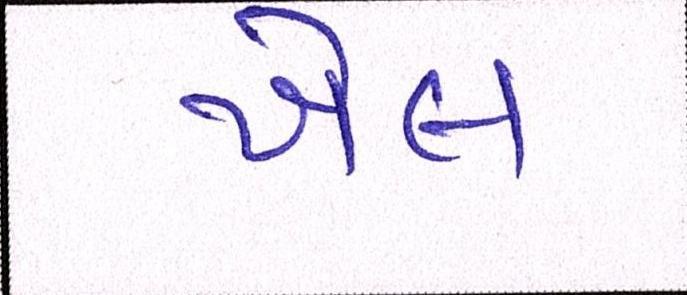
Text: ખેલ